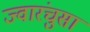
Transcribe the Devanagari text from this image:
ज्वारंचुसा